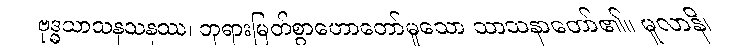
ဗုဒ္ဓသာသနသနဿ၊ ဘုရားမြတ်စွာဟောတော်မူသော သာသနာတော်၏။ မူလာနိ၊